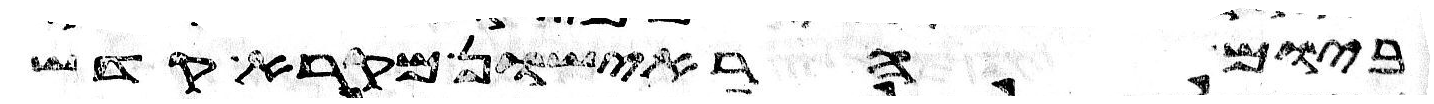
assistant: ביום הראישון מקרא קדש